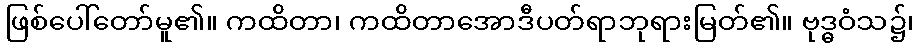
ဖြစ်ပေါ်တော်မူ၏။ ကထိတာ၊ ကထိတာအောဒီပတ်ရာဘုရားမြတ်၏။ ဗုဒ္ဓဝံသ၌၊